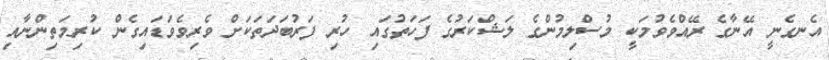
އެނގެނީ އޭނާގެ ރޭއްވެވުމަކީ މުސްލިމުންގެ ލަޝްކަރުގެ ފަހަތުގައި ހުރި ފަރުބަދަތަކަށް ވެރިވެވަޑައިގެން ކުރިމަތިންނާއި